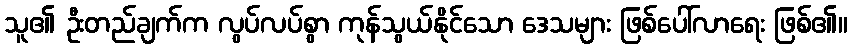
သူ၏ ဦးတည်ချက်က လွပ်လပ်စွာ ကုန်သွယ်နိုင်သော ဒေသများ ဖြစ်ပေါ်လာရေး ဖြစ်၏။